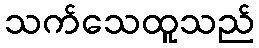
သက်သေထူသည်